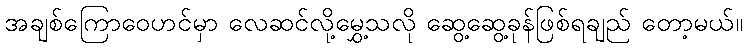
အချစ်ကြောဝေဟင်မှာ လေဆင်လို့မွှေ့သလို ဆွေ့ဆွေ့ခုန်ဖြစ်ရချည် တော့မယ်။